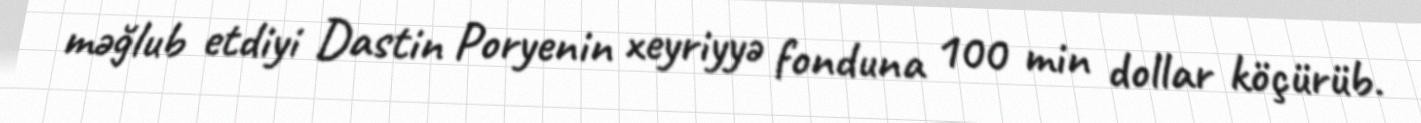
məğlub etdiyi Dastin Poryenin xeyriyyə fonduna 100 min dollar köçürüb.